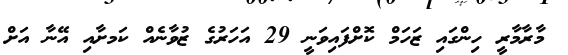
މާރާމާރީ ހިންގައި ޒަހަމް ކޮށްފައިވަނީ 29 އަހަރުގެ ޒުވާނެއް ކަމށާއި އޭނާ އަށް